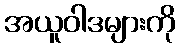
အယူဝါဒများကို